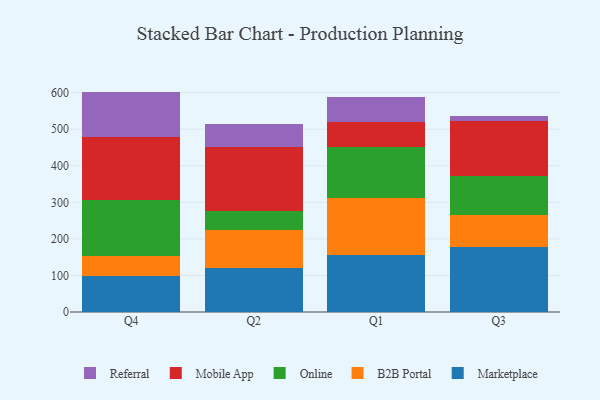
{"axis": {"x": "Quarter", "y": "Backlog"}, "legend": ["B2B Portal", "Marketplace", "Mobile App", "Online", "Referral"], "data": [{"x": "Q4", "y": 99.7, "type": "Marketplace"}, {"x": "Q4", "y": 54.0, "type": "B2B Portal"}, {"x": "Q4", "y": 153.9, "type": "Online"}, {"x": "Q4", "y": 171.8, "type": "Mobile App"}, {"x": "Q4", "y": 123.4, "type": "Referral"}, {"x": "Q2", "y": 120.5, "type": "Marketplace"}, {"x": "Q2", "y": 105.0, "type": "B2B Portal"}, {"x": "Q2", "y": 49.8, "type": "Online"}, {"x": "Q2", "y": 177.1, "type": "Mobile App"}, {"x": "Q2", "y": 62.0, "type": "Referral"}, {"x": "Q1", "y": 155.2, "type": "Marketplace"}, {"x": "Q1", "y": 155.7, "type": "B2B Portal"}, {"x": "Q1", "y": 140.0, "type": "Online"}, {"x": "Q1", "y": 68.2, "type": "Mobile App"}, {"x": "Q1", "y": 69.6, "type": "Referral"}, {"x": "Q3", "y": 178.2, "type": "Marketplace"}, {"x": "Q3", "y": 87.7, "type": "B2B Portal"}, {"x": "Q3", "y": 105.3, "type": "Online"}, {"x": "Q3", "y": 149.9, "type": "Mobile App"}, {"x": "Q3", "y": 14.9, "type": "Referral"}]}